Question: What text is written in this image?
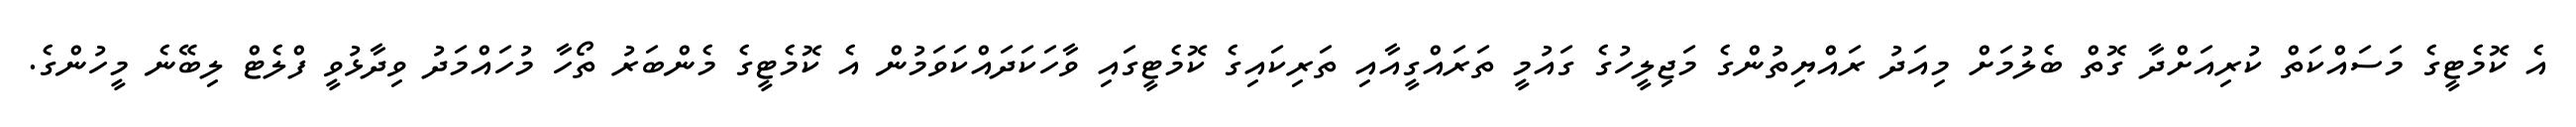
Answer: އެ ކޮމެޓީގެ މަސައްކަތް ކުރިއަށްދާ ގޮތް ބެލުމަށް މިއަދު ރައްޔިތުންގެ މަޖިލީހުގެ ގައުމީ ތަރައްގީއާއި ތަރިކައިގެ ކޮމެޓީގައި ވާހަކަދައްކަވަމުން އެ ކޮމެޓީގެ މެންބަރު ތޯހާ މުހައްމަދު ވިދާޅުވީ ފްލެޓް ލިބޭނެ މީހުންގެ.